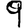
Digit: 9